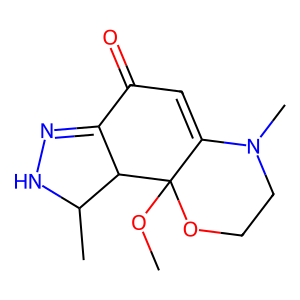
SMILES: COC12OCCN(C)C1=CC(=O)C1=NNC(C)C12
Inhibits HIV replication: No